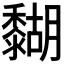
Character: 𪐉